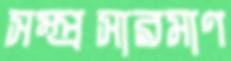
সম্প্রসারমাণ